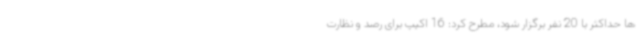
ها حداکثر با 20 نفر برگزار شود، مطرح کرد: 16 اکیپ برای رصد و نظارت